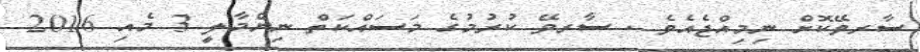
ސާރވޭކޮށް ނިމިއްޖެއެވެ . ސާރވޭ ކުރުމުގެ މަސައްކަތް ނިންމާލީ 3 މެއި 2016